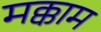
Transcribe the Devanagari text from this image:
मक्काम